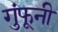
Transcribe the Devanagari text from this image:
गुंफूनी